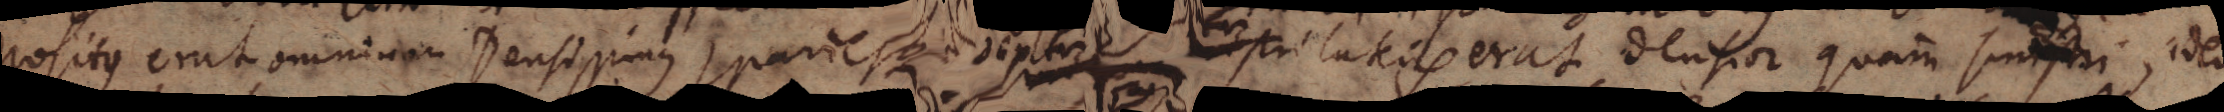
positus erat omnium Densissimus, pariesque dextri xx lateris erat densior quam sinxxstri, adeo